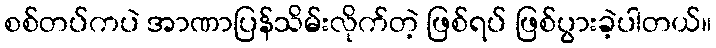
စစ်တပ်ကပဲ အာဏာပြန်သိမ်းလိုက်တဲ့ ဖြစ်ရပ် ဖြစ်ပွားခဲ့ပါတယ်။